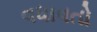
વધાવતો